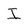
Character: I